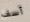
آسف